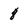
Character: 8